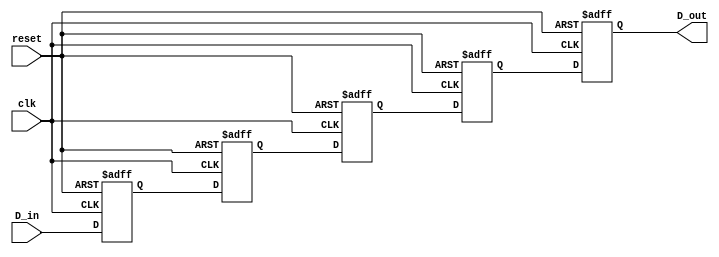
module multistage_register #(
    parameter NUM_STAGES = 4,  // Number of register stages
    parameter DATA_WIDTH = 8    // Width of the data bus
)(
    input wire [DATA_WIDTH-1:0] D_in,  // Input data bus
    input wire clk,                     // Clock signal
    input wire reset,                   // Reset signal
    output reg [DATA_WIDTH-1:0] D_out   // Output data bus
);

    // Internal register array to hold data for each stage
    reg [DATA_WIDTH-1:0] registers [0:NUM_STAGES-1];

    integer i;

    always @(posedge clk or posedge reset) begin
        if (reset) begin
            // Clear all registers on reset
            for (i = 0; i < NUM_STAGES; i = i + 1) begin
                registers[i] <= {DATA_WIDTH{1'b0}}; // Set all bits to 0
            end
            D_out <= {DATA_WIDTH{1'b0}}; // Clear output as well
        end else begin
            // Shift data through the stages
            registers[0] <= D_in; // Capture input at the first stage
            for (i = 1; i < NUM_STAGES; i = i + 1) begin
                registers[i] <= registers[i-1]; // Shift data to the next stage
            end
            D_out <= registers[NUM_STAGES-1]; // Output from the last stage
        end
    end

endmodule